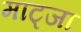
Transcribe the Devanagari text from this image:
माट्जा